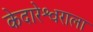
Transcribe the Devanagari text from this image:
केदारेश्वराला